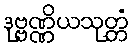
ဒုဗ္ဗဏ္ဏိယသုတ္တံ